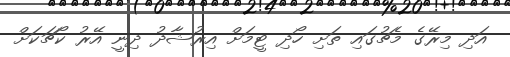
އަދި މިރޭގެ މެޗުގައި ތަށި ހޯދި ޓީމަށް އިރުޝާދު ދިނީ އޭރު ކޯޗަކަށް